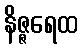
နိဇ္ဇရေထ